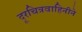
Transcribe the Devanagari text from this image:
दूरचित्रवाहिनीने